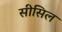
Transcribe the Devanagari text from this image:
सीसिल